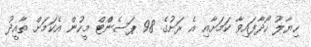
ހިޔާލު ހޯދާފައިވާ ކަމަށާއި އެ ރަށުގެ 98 ޕަސެންްޓް މީހުން އެކަމަށް ތާއީދު